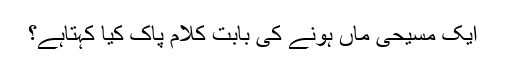
﻿ ایک مسیحی ماں ہونے کی بابت کلام پاک کیا کہتاہے؟